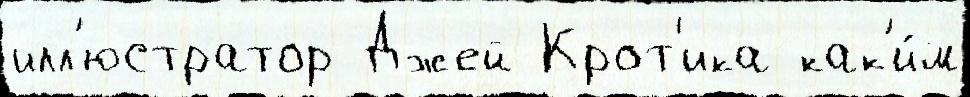
илл'юстратор Джей Крот'ика как'и́м